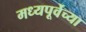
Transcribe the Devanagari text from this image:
मध्यपूर्वेच्या